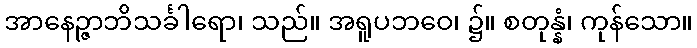
အာနေဉ္ဇာဘိသင်္ခါရော၊ သည်။ အရူပဘဝေ၊ ၌။ စတုန္နံ၊ ကုန်သော။